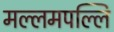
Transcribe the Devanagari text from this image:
मल्लमपल्लि